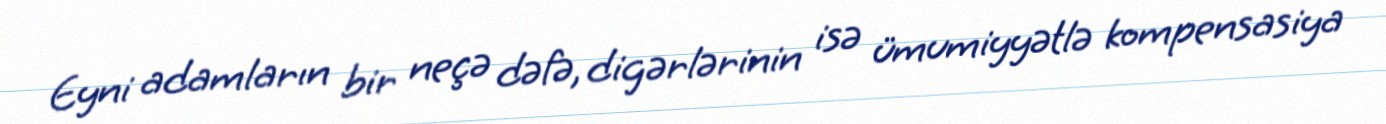
Eyni adamların bir neçə dəfə, digərlərinin isə ümumiyyətlə kompensasiya